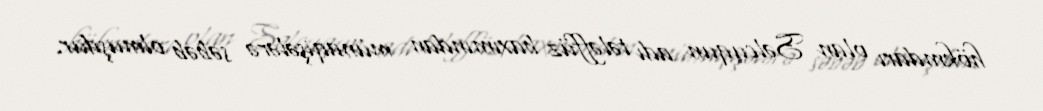
hökmdarı olan Səlcuqun adı tələffüz baxımından münaqişələrə səbəb olmuşdur.